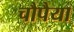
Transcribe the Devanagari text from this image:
चौपैया